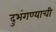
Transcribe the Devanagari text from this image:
दुभंगण्याची